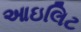
આઇલિટ